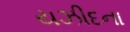
યઝીદના